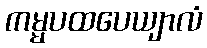
ကမ္မပထပေယျာလံ